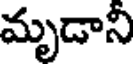
మృడాని